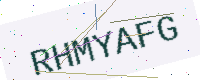
Text: RHMYAFG